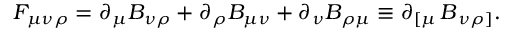
F _ { \mu \nu \rho } = \partial _ { \mu } B _ { \nu \rho } + \partial _ { \rho } B _ { \mu \nu } + \partial _ { \nu } B _ { \rho \mu } \equiv \partial _ { \left[ \mu \right. } B _ { \left. \nu \rho \right] } .